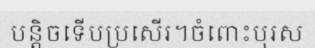
បន្តិចទើបប្រសើរ។ចំពោះបុរស